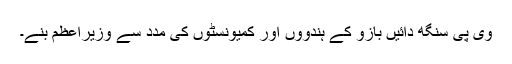
وی پی سنگھ دائیں بازو کے ہندوؤں اور کمیونسٹوں کی مدد سے وزیرِاعظم بنے۔